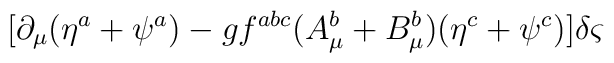
[\partial _{\mu }(\eta ^{a}+\psi ^{a})-gf^{abc}(A^{b}_{\mu }+B^{b}_{\mu })(\eta ^{c}+\psi ^{c})]\delta \varsigma